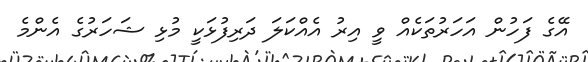
އޭގެ ފަހުން އަހަރުތަކެއް ވީ އިރު އެއްކަލަ ދަރިފުޅަކީ މުޅި ޝަހަރުގެ އެންމެ